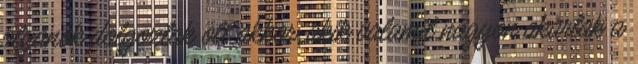
olyanok dolgoztak ott akkor, akik valamit nagyon akartak a